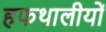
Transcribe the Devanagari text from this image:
हफथालीयों